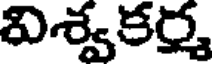
విశ్వకర్మ